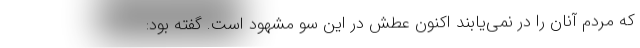
که مردم آنان را در نمی‌یابند اکنون عطش در این سو مشهود است. گفته بود: